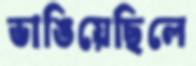
ভাঙিয়েছিলে